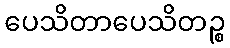
ပေသိတာပေသိတဉ္စ